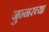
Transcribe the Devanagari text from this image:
जुन्‍नरच्या